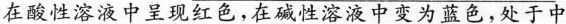
在酸性溶液中呈现红色，在碱性溶液中变为蓝色，处于中